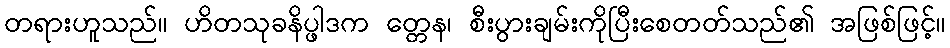
တရားဟူသည်။ ဟိတသုခနိပ္ဖါဒက တ္တေန၊ စီးပွားချမ်းကိုပြီးစေတတ်သည်၏ အဖြစ်ဖြင့်။